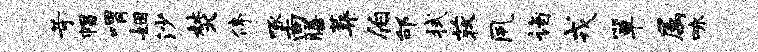
苛帽喟姻沙焚停啄尚膳葬伯邰拭荻夙诣戎箪属咏